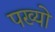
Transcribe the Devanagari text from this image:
पख्‍यो